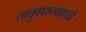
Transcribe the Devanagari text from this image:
तालुकास्तरावरही